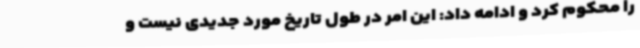
را محکوم کرد و ادامه داد: این امر در طول تاریخ مورد جدیدی نیست و